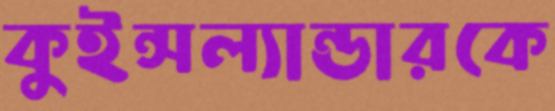
কুইন্সল্যান্ডারকে